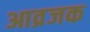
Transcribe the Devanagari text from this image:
आव्रजक